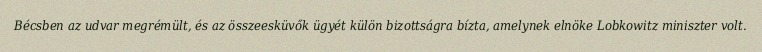
Bécsben az udvar megrémült, és az összeesküvők ügyét külön bizottságra bízta, amelynek elnöke Lobkowitz miniszter volt.